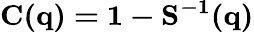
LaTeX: {\mathbf{C(q)=1-S^{-1}(q)}}